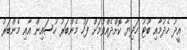
އީދު ހެދުމާއި ބޫޓު ހަދިޔާ ކޮށްދެއްވުމަށް ފަހު މެންބަރު ހުސައިން އާއި މެންބަރު